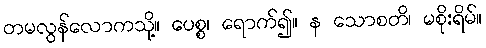
တမလွန်လောကသို့။ ပေစ္စ၊ ရောက်၍။ န သောစတိ၊ မစိုးရိမ်။